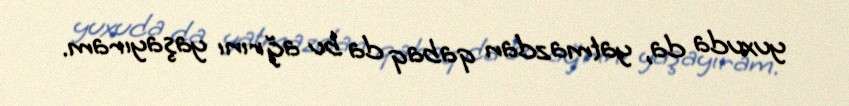
yuxuda da, yatmazdan qabaq da bu ağrını yaşayıram.